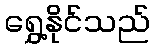
ရွှေ့နိုင်သည်